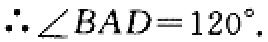
\(\therefore \angle BAD = 120^{\circ}.\)